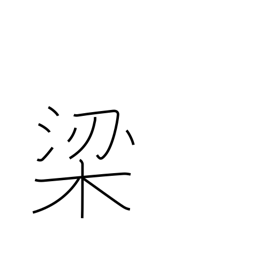
Meaning: fish trap